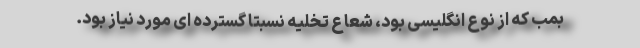
بمب که از نوع انگلیسی بود، شعاع تخلیه نسبتاً گسترده ای مورد نیاز بود.